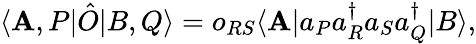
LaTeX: \langle\mathbf{A},P|\hat{{O}}|B,Q\rangle=o_{RS}\langle\mathbf{A}|a_{P}a_{R}^{\dagger}a_{S}a_{Q}^{\dagger}|B\rangle,